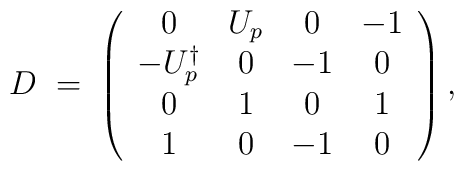
D\;=\;\left( \begin{array}{cccc} 	0 & U_p & 0 & -1 \\  	-U_p^\dagger & 0 & -1 & 0 \\  	0 & 1 & 0 & 1 \\  	1 & 0 & -1 & 0  \\\end{array}\right),